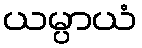
ယမ္ပာယံ